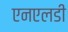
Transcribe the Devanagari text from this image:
एनएलडी